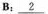
B：\underline{2}